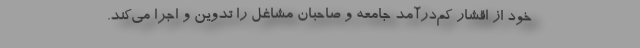
خود از اقشار کم‌درآمد جامعه و صاحبان مشاغل را تدوین و اجرا می‌کند.